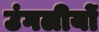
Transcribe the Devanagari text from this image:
उंगलीयों